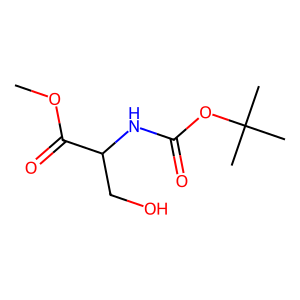
SMILES: COC(=O)C(CO)NC(=O)OC(C)(C)C
Inhibits HIV replication: No